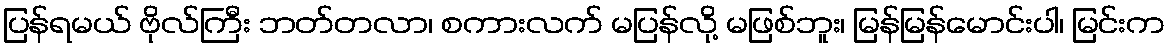
ပြန်ရမယ် ဗိုလ်ကြီး ဘတ်တလာ၊ စကားလက် မပြန်လို့ မဖြစ်ဘူး၊ မြန်မြန်မောင်းပါ၊ မြင်းက